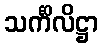
သင်္ကိလိဋ္ဌာ